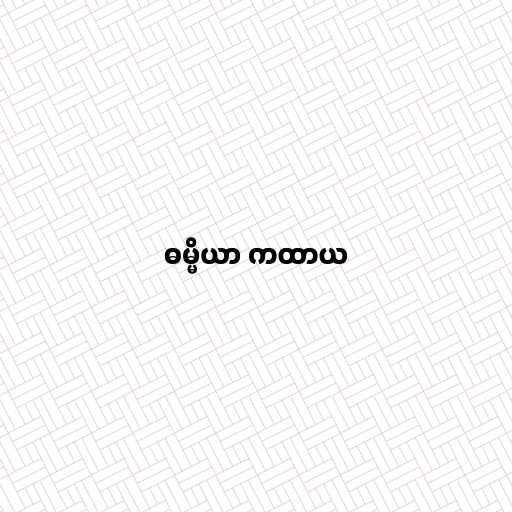
ဓမ္မိယာ ကထာယ